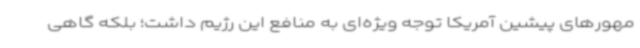
مهورهای پیشین آمریکا توجه ویژه‌ای به منافع این رژیم داشت؛ بلکه گاهی